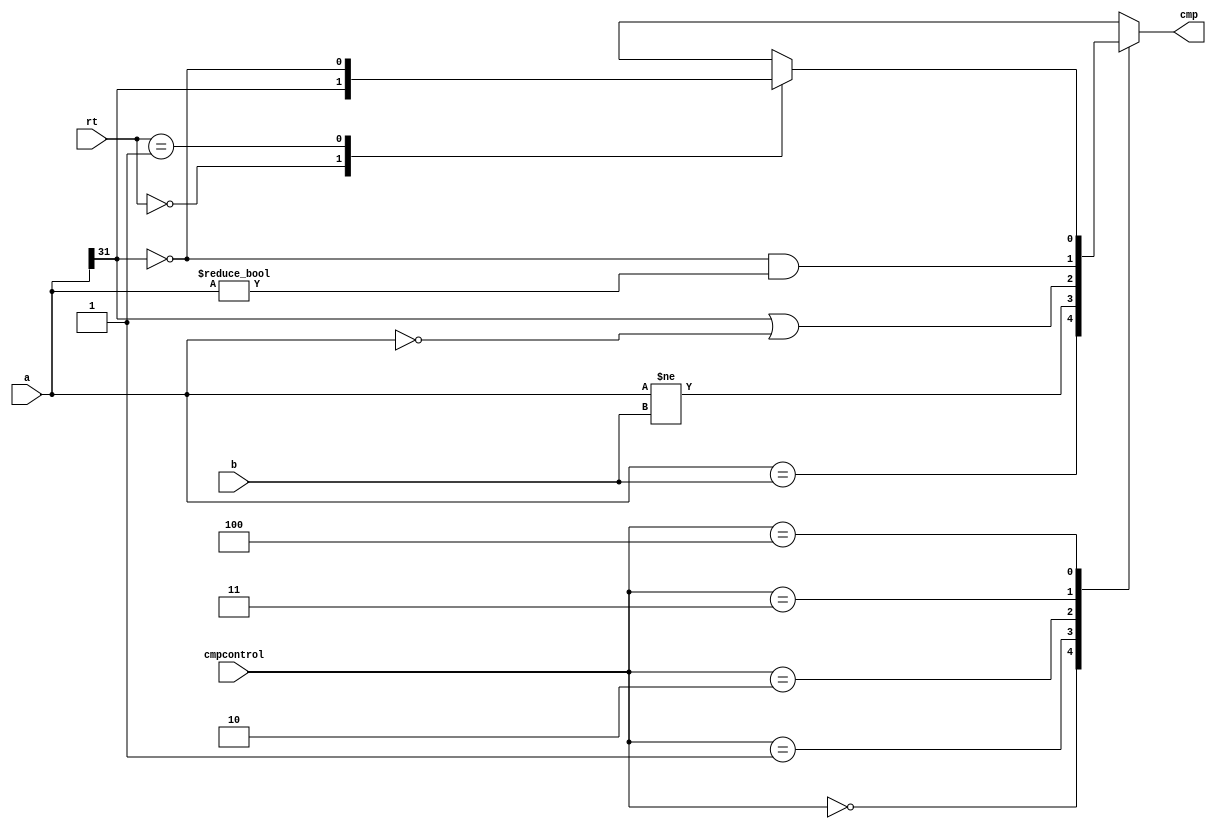
`timescale 1ns / 1ps
//////////////////////////////////////////////////////////////////////////////////
// Company: 
// Engineer: 
// 
// Design Name: 
// Module Name: compare
// Project Name: 
// Target Devices: 
// Tool Versions: 
// Description: 
// 
// Dependencies: 
// 
// Revision:
// Revision 0.01 - File Created
// Additional Comments:
// 
//////////////////////////////////////////////////////////////////////////////////


module compare(
    input [31:0] a,b,
    input [2:0] cmpcontrol,
    input [4:0] rt,
    output reg cmp
    );
    
    always@(*)
    case(cmpcontrol)
    3'b000:cmp<= a==b;//beq
    3'b001:cmp<= a!=b;//bne
    3'b010:cmp<= a[31]|(a==0);//blez
    3'b011:cmp<= ~a[31]&(a!=0);//bgtz
    3'b100://bltz,bgez
     case(rt)
     5'b00000:cmp<= a[31];//bltz
     5'b00001:cmp<= ~a[31];//bgez
     default: cmp<= 1'bx;
     endcase
    default:  cmp<= 1'bx;
    endcase

endmodule